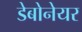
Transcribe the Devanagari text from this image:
डेबोनेयर